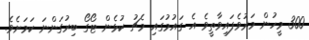
300 މީހުން މަރުވެފައިވާތީވެ އެ ގައުމުގައި މެޗު ކުޅެން ޓޯގޯ ބިރުގަންނަ ކަމަށެވެ.